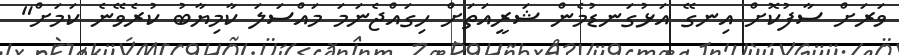
ވަރަށް ސާފުކޮށް އިނގޭ އަޅުގަނޑުމެން ޝަރީއަތަށް ހިގައްޖެނަމަ މައްސަލަ ކާމިޔާބު ކުރެވޭނެ ކަމަށް"